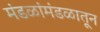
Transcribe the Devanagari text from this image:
मंडळांमंडळातून